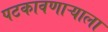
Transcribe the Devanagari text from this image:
पटकावणाऱ्याला